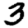
Digit: 3